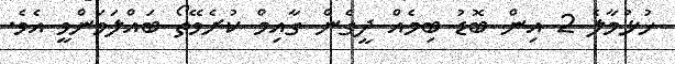
ހުޅުމާލެ 2 އިން ބޮޑު ބިމެއް ދީގެން ގާއިމް ކުރެވޭތޯ ބައްލަވަންވީ އެވެ.